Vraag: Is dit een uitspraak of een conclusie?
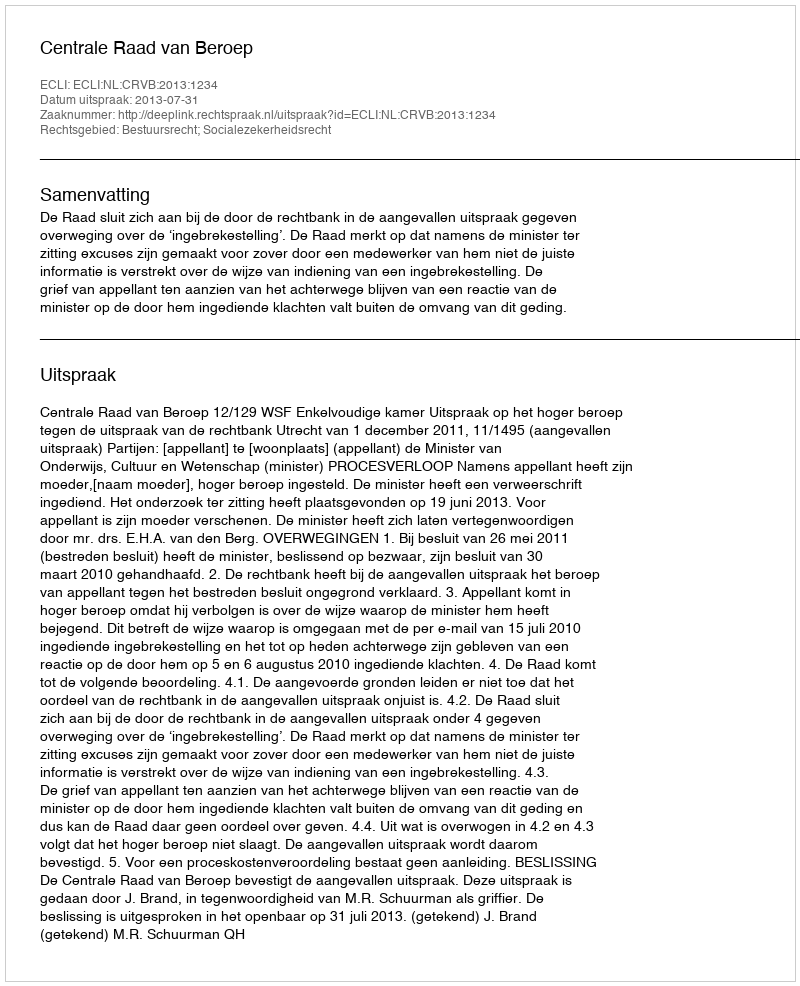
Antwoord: Uitspraak